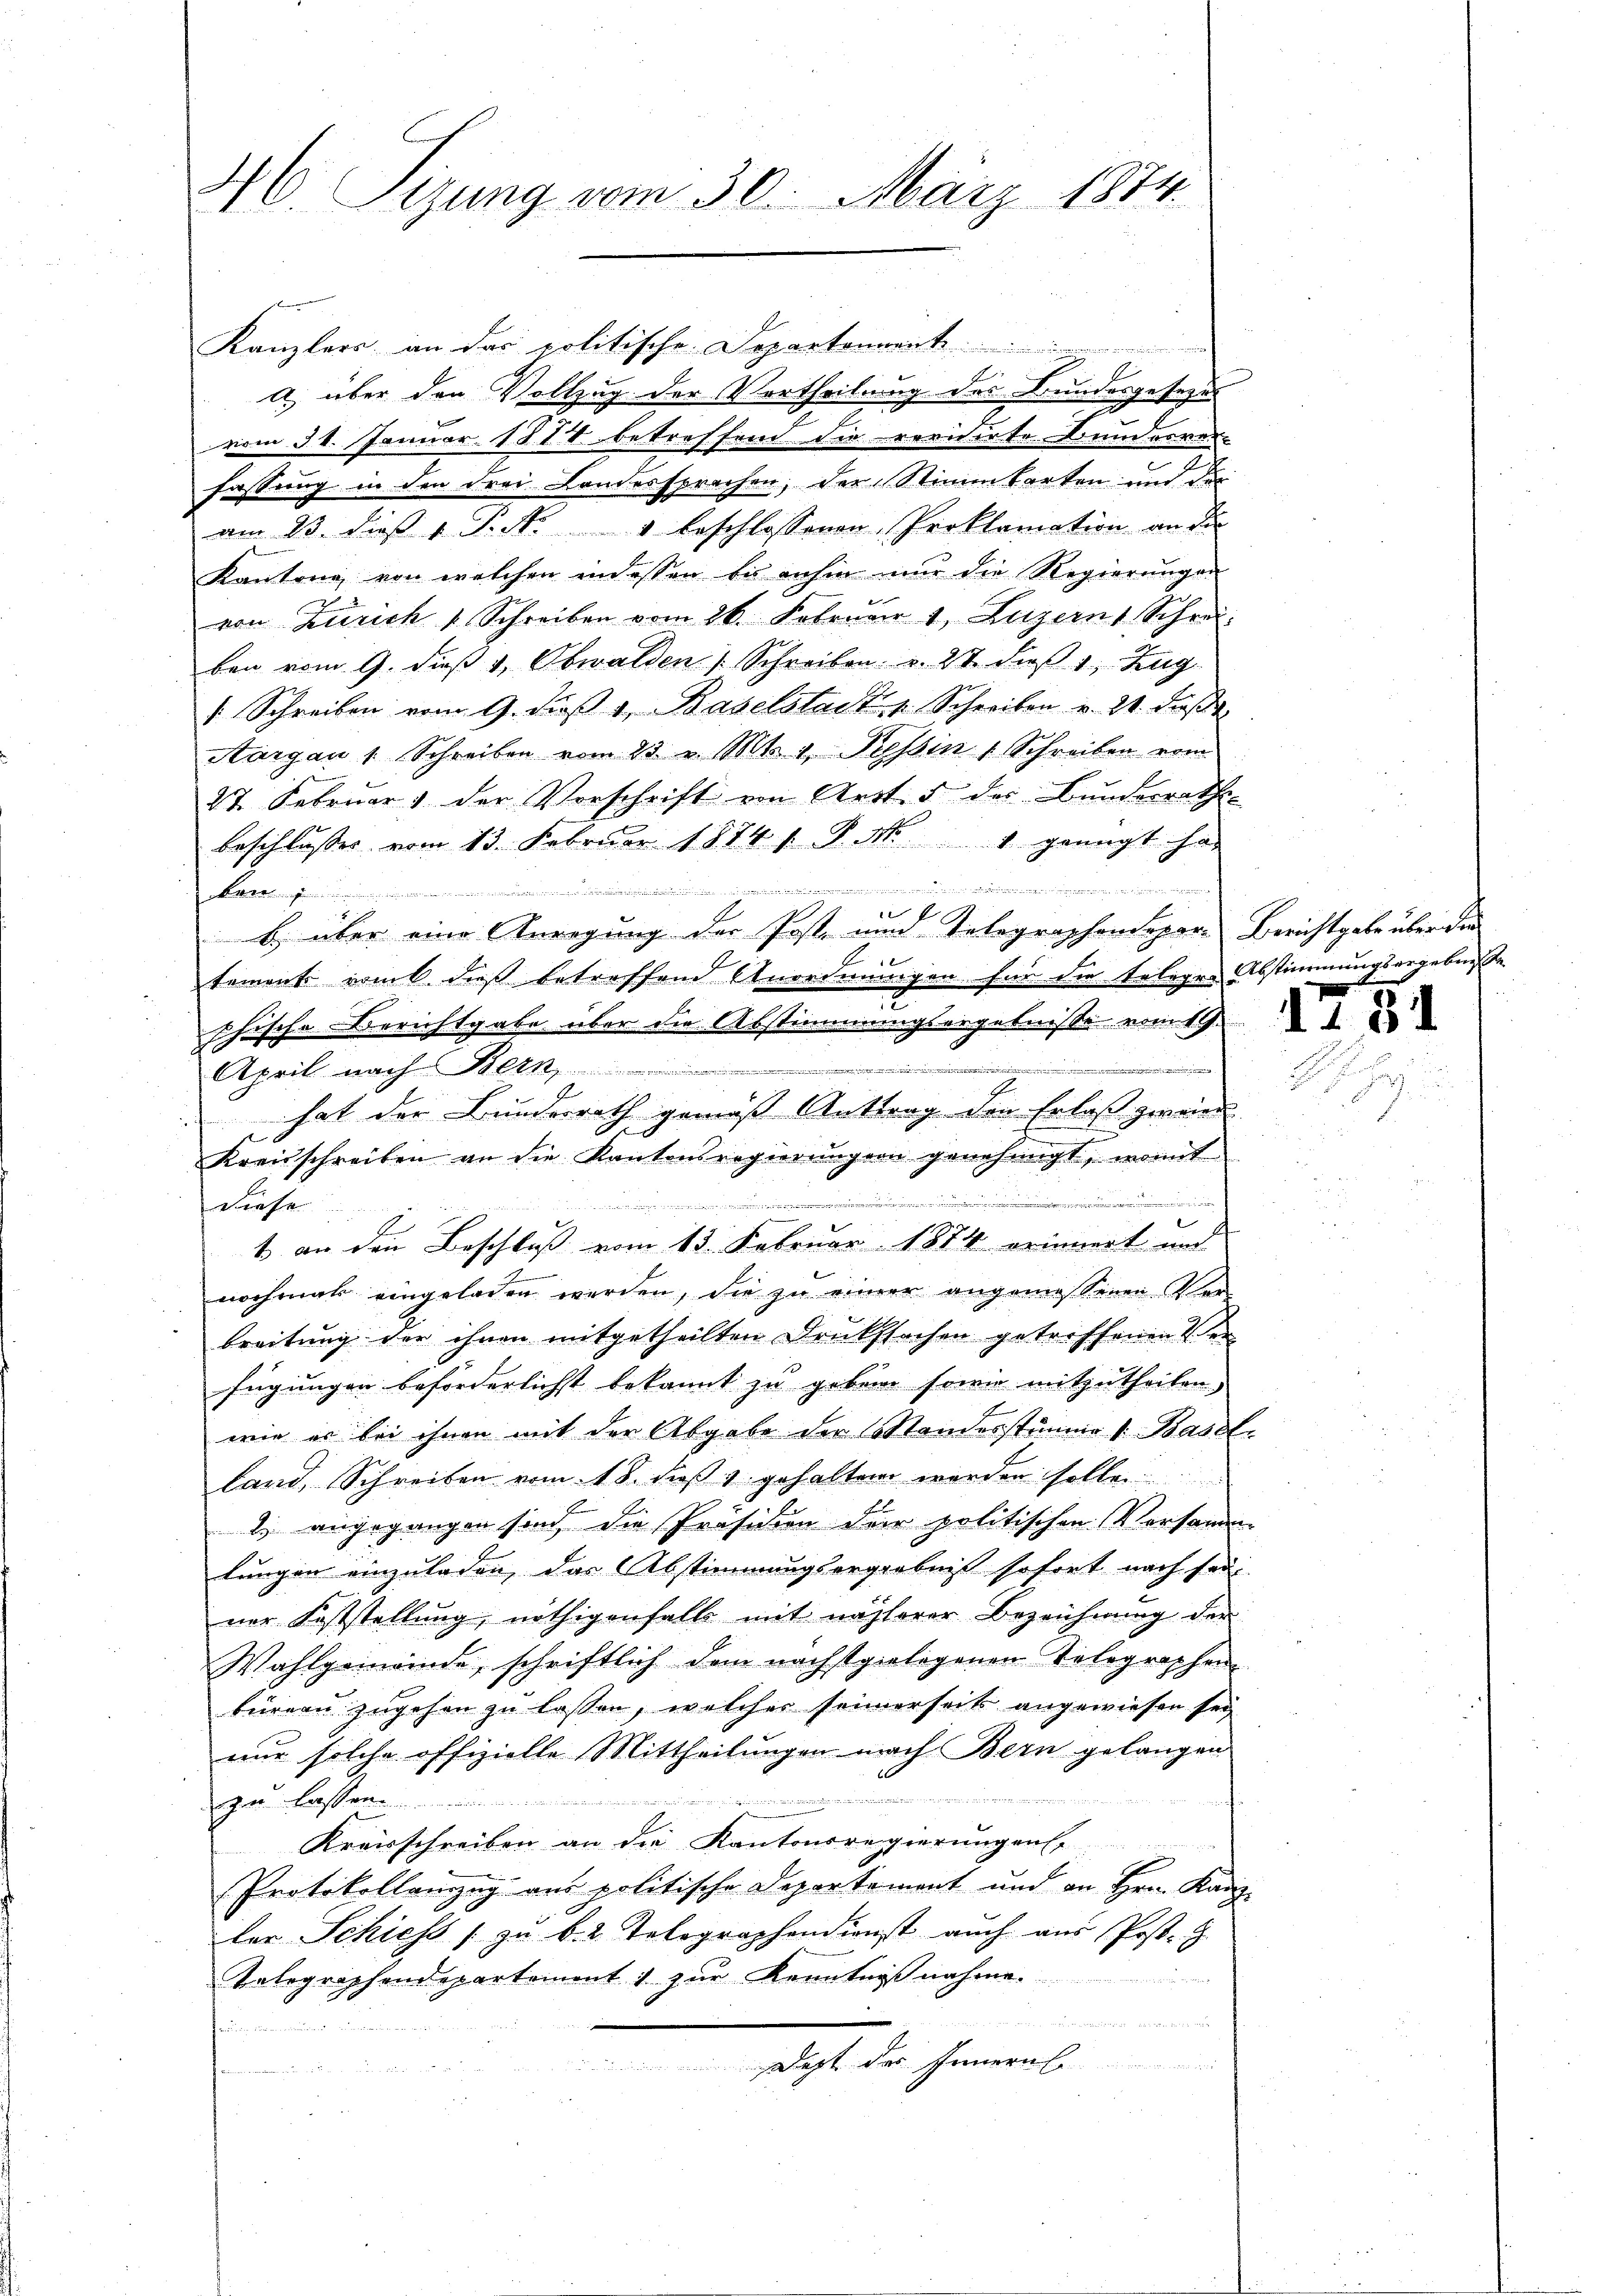
s
16. Szung vom 30. März 1874.

Kanzlers an das politische Departen
a) über den Vollzug der Vertheilung des Bundesgesetzes
vom 31. Januar 1884 betreffend die revidirte Bundesver-
fassung in den drei Landessprechen, der Stimmkarten und der
am 23. dieß v. J. N. 1 beschlossenen Proklamation an die
Kantone, von welchen indessen Eis anhin mir die Regierŭngen
von Zürich u. Schreiben vom 26. Februar 1, Luzern, Schrei-
ben vom 9. dieß v. Obwalden Schreiben v. 27. dieß 1, Zug
/ Schreiben vom 9. daß 1, Baselstadt v. Schreiben v. 21. daβ
Aargau 1. Schreiben vom 23. v. Mts. 1. Tessin 1 Schreiben vom
27. Februar der Vorschrift von Art. 5 des Bunderrathe
beschlusses vom 13. Februar 1874 s. P. Nr. 1 genügt hat

Brenn
l
f
b) über eine Anregung der Post und Telegraphendepar- Berichtgabe über die
J
tement vom dieß betreffend Anordnungen für die telegra Abstimmungsergebnisse
.
cchische Berichtgabe über die Abstimmungsergebnisse vom 19.
April nach Pilch,
hat der Bundesrath gemäß Anttrag den Erlaß zweier
Kreisschreiben an die Kantonsregierŭngen genehmigt, womit
.
diehe
1 an den Beschluß vom 13. Februar 1874 erinnert und
nochmal eingeladen werden, die zu einer angemessenen Ver-
breitung der ihnen mitgetheilten Druckfsachen getroffenen Ver-
fügungen beförderlichst bekannt zu gebene sowie mitzutheilen.
wie er bei ihnen mit der Abgabe der Mandesstämme 1. Basel-
land, Schreiben vom 18. dieß 1 gehalten werden sollen
2) angegangen sind die Präsidien der politischen Versanden
lungen einzuladen, das Abstimmungsergebniß sofort nach sei
ner Feststellung, nöthigenfalls mit näherer Bezeichnung der
Wahlgemeinde, schriftlich dem nächstgelogenen Telegraphen
büreau zugehen zu lassen, welcher seinerseits angewiesen sey
nur solche offizielle Mittheilungen nach Bern gelangen
undarmengen den
zu lassen
Kreisschreiben an die Kantonsregierungen
Protokollenzug aus politische Departement und an Hrn. Kanzder Schiess zŭ b. 2. Telegraphendienst auch aŭs Post. H.
Telegraphendepartement) zur Kenntniß nahme.

t
Daht das Innern.
n

1131